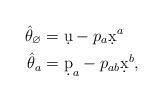
LaTeX: \begin{align*} \hat\theta_\varnothing & = \d u - p_a\d x^a \\ \hat\theta_a & = \d p_a - p_{ab}\d x^b , \end{align*}